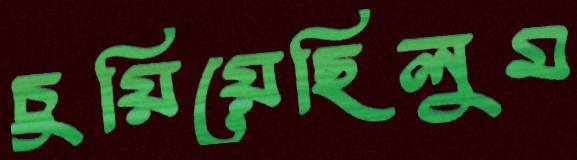
চুয়িয়েছিলুম